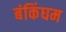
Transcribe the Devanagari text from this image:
बंकिंघम